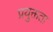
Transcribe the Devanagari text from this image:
प्रयुक्तता